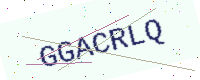
Text: GGACRLQ